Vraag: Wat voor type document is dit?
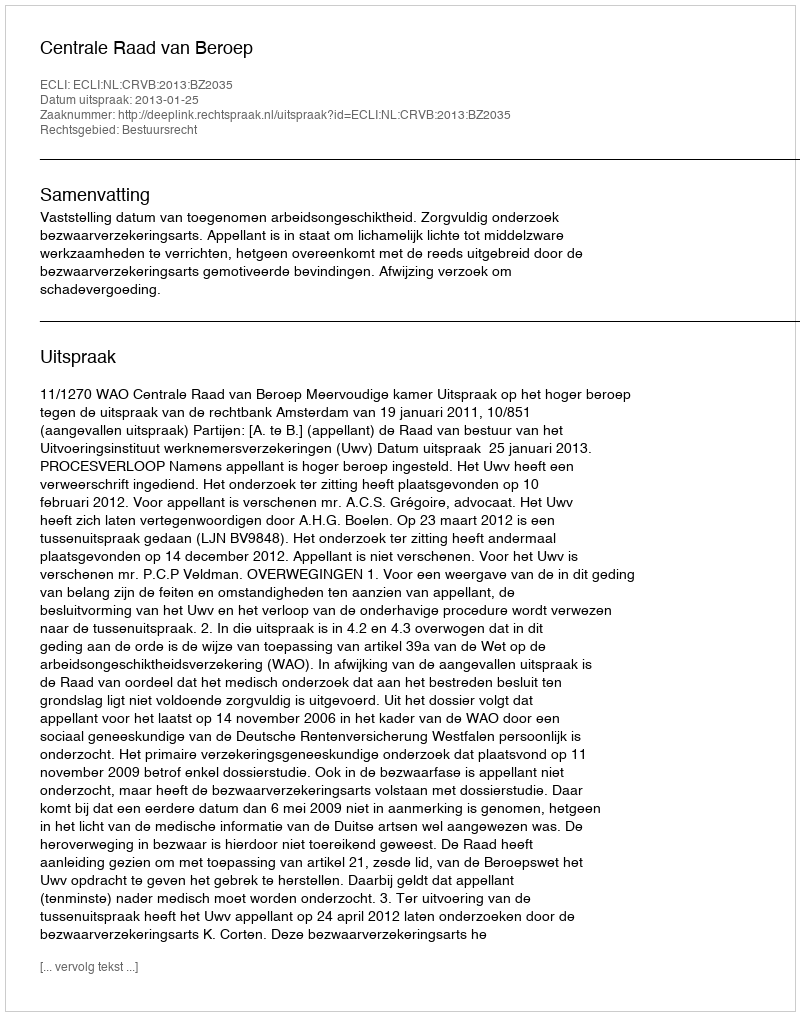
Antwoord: Uitspraak